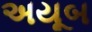
અયૂબ